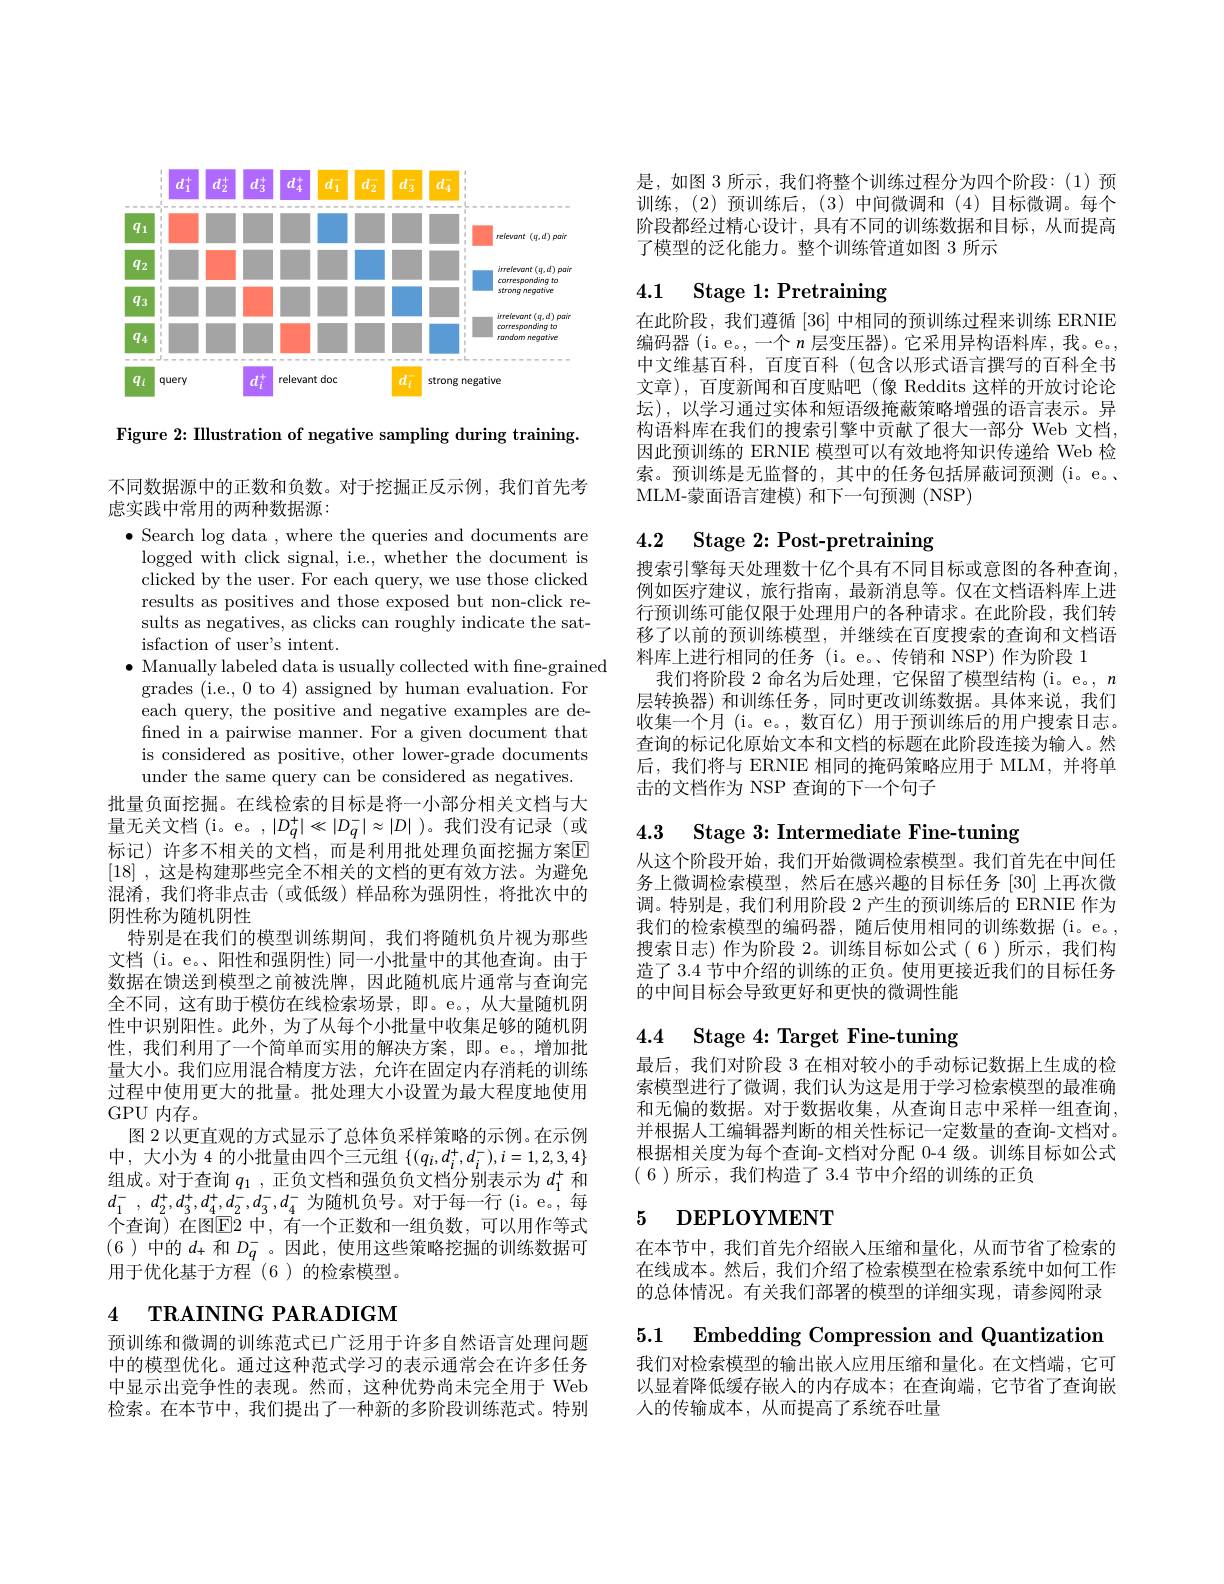
<FigureHere>

Figure 2: Illustration of negative sampling during training.

不同数据源中的正数和负数。对于挖掘正反示例，我们首先考
虑实践中常用的两种数据源：

$\bullet$ Search log data , where the queries and documents are
logged with click signal, i.e., whether the document is clicked by the user. For each query, we use those clicked results as positives and those exposed but non-click results as negatives, as clicks can roughly indicate the satisfaction of user's intent.
$\bullet$ Manually labeled data is usually collected with fine-grained
grades (i.e., 0 to 4) assigned by human evaluation. For each query, the positive and negative examples are defined in a pairwise manner. For a given document that is considered as positive, other lower-grade documents under the same query can be considered as negatives.
批量负面挖掘。在线检索的目标是将一小部分相关文档与大量无关文档(i。e。,$|D_q^+|\ll|D_q^-|\approx|D|$ )。我们没有记录(或标记)许多不相关的文档，而是利用批处理负面挖掘方案$\overline{\mathrm{E}}$ [18] ,这是构建那些完全不相关的文档的更有效方法。为避免混淆，我们将非点击(或低级)样品称为强阴性，将批次中的阴性称为随机阴性
特别是在我们的模型训练期间，我们将随机负片视为那些文档 (i。e。、阳性和强阴性)同一小批量中的其他查询。由于数据在馈送到模型之前被洗牌，因此随机底片通常与查询完全不同，这有助于模仿在线检索场景，即。e。,从大量随机阴性中识别阳性。此外，为了从每个小批量中收集足够的随机阴性，我们利用了一个简单而实用的解决方案，即。e。,增加批量大小。我们应用混合精度方法，允许在固定内存消耗的训练过程中使用更大的批量。批处理大小设置为最大程度地使用GPU 内存。
图 2 以更直观的方式显示了总体负采样策略的示例。在示例中，大小为 4 的小批量由四个三元组$\{(q_i,d_i^+,d_i^-),i=1,2,3,4\}$ 组成。对于查询$q_1$,正负文档和强负负文档分别表示为$d_1^+$和$d_1^-$ , $d_2^+ , d_3^+ , d_4^+ , d_2^- , d_3^- , d_4^-$为随机负号。对于每一行(i。e。,每个查询) 在图$\overline{\mathrm{E}}$2 中，有一个正数和一组负数，可以用作等式(6)中的$d_+$和$D_q^-$。因此，使用这些策略挖掘的训练数据可用于优化基于方程(6)的检索模型。4 TRAINING PARADIGM

预训练和微调的训练范式已广泛用于许多自然语言处理问题中的模型优化。通过这种范式学习的表示通常会在许多任务中显示出竞争性的表现。然而，这种优势尚未完全用于 Web 检索。在本节中，我们提出了一种新的多阶段训练范式。特别

是，如图 3 所示，我们将整个训练过程分为四个阶段：(1)预训练，(2)预训练后，(3)中间微调和(4)目标微调。每个阶段都经过精心设计，具有不同的训练数据和目标，从而提高了模型的泛化能力。整个训练管道如图 3 所示

## 4.1 Stage 1:Pretraining

在此阶段，我们遵循[36]中相同的预训练过程来训练 ERNIE 编码器(i。e。,一个$n$层变压器)。它采用异构语料库，我。e。, 中文维基百科，百度百科(包含以形式语言撰写的百科全书文章),百度新闻和百度贴吧(像 Reddits 这样的开放讨论论坛),以学习通过实体和短语级掩蔽策略增强的语言表示。异构语料库在我们的搜索引擎中贡献了很大一部分 Web 文档， 因此预训练的 ERNIE 模型可以有效地将知识传递给 Web 检索。预训练是无监督的，其中的任务包括屏蔽词预测(i。e。、 MLM-蒙面语言建模) 和下一句预测(NSP)

## 4.2 Stage 2:Post-pretraining

搜索引擎每天处理数十亿个具有不同目标或意图的各种查询例如医疗建议，旅行指南，最新消息等。仅在文档语料库上进行预训练可能仅限于处理用户的各种请求。在此阶段，我们转移了以前的预训练模型，并继续在百度搜索的查询和文档语料库上进行相同的任务(i。e。、传销和 NSP)作为阶段 1
我们将阶段 2 命名为后处理，它保留了模型结构 (i。e。, $n$ 层转换器)和训练任务，同时更改训练数据。具体来说，我们收集一个月 (i。e。,数百亿)用于预训练后的用户搜索日志。查询的标记化原始文本和文档的标题在此阶段连接为输入。然后，我们将与 ERNIE 相同的掩码策略应用于 MLM, 并将单击的文档作为 NSP 查询的下一个句子

4.3 Stage 3:Intermediate Fine-tuning

从这个阶段开始，我们开始微调检索模型。我们首先在中间任务上微调检索模型，然后在感兴趣的目标任务[30]上再次微调。特别是，我们利用阶段 2 产生的预训练后的 ERNIE 作为我们的检索模型的编码器，随后使用相同的训练数据(i。e。, 搜索日志)作为阶段 2。训练目标如公式(6)所示，我们构造了 3.4 节中介绍的训练的正负。使用更接近我们的目标任务的中间目标会导致更好和更快的微调性能

### 4.4 Stage 4:Target Fine-tuning

最后，我们对阶段 3 在相对较小的手动标记数据上生成的检索模型进行了微调，我们认为这是用于学习检索模型的最准确和无偏的数据。对于数据收集，从查询日志中采样一组查询， 并根据人工编辑器判断的相关性标记一定数量的查询-文档对。根据相关度为每个查询-文档对分配 0-4 级。训练目标如公式( 6 ) 所 示 , 我 们 构 造 了 3. 4 节 中 介 绍 的 训 练 的 正 负

# 5 DEPLOYMENT

在本节中，我们首先介绍嵌人压缩和量化，从而节省了检索的在线成本。然后，我们介绍了检索模型在检索系统中如何工作的总体情况。有关我们部署的模型的详细实现，请参阅附录

5.1 $\textbf{Embedding Compression and Quantization}$

我们对检索模型的输出嵌入应用压缩和量化。在文档端，它可以显着降低缓存嵌入的内存成本；在查询端，它节省了查询嵌人的传输成本，从而提高了系统吞吐量